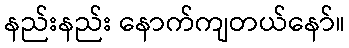
နည်းနည်း နောက်ကျတယ်နော်။